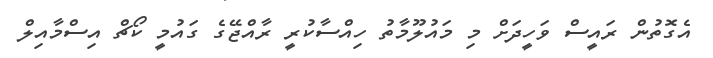
އެގޮތުން ރައީސް ވަހީދަށް މި މައުލޫމާތު ހިއްސާކުރީ ރާއްޖޭގެ ގައުމީ ކޯޗް އިސްމާއިލް